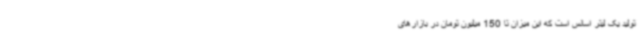
تولید یک لیتر اسانس است که این میزان تا 150 میلیون تومان در بازارهای